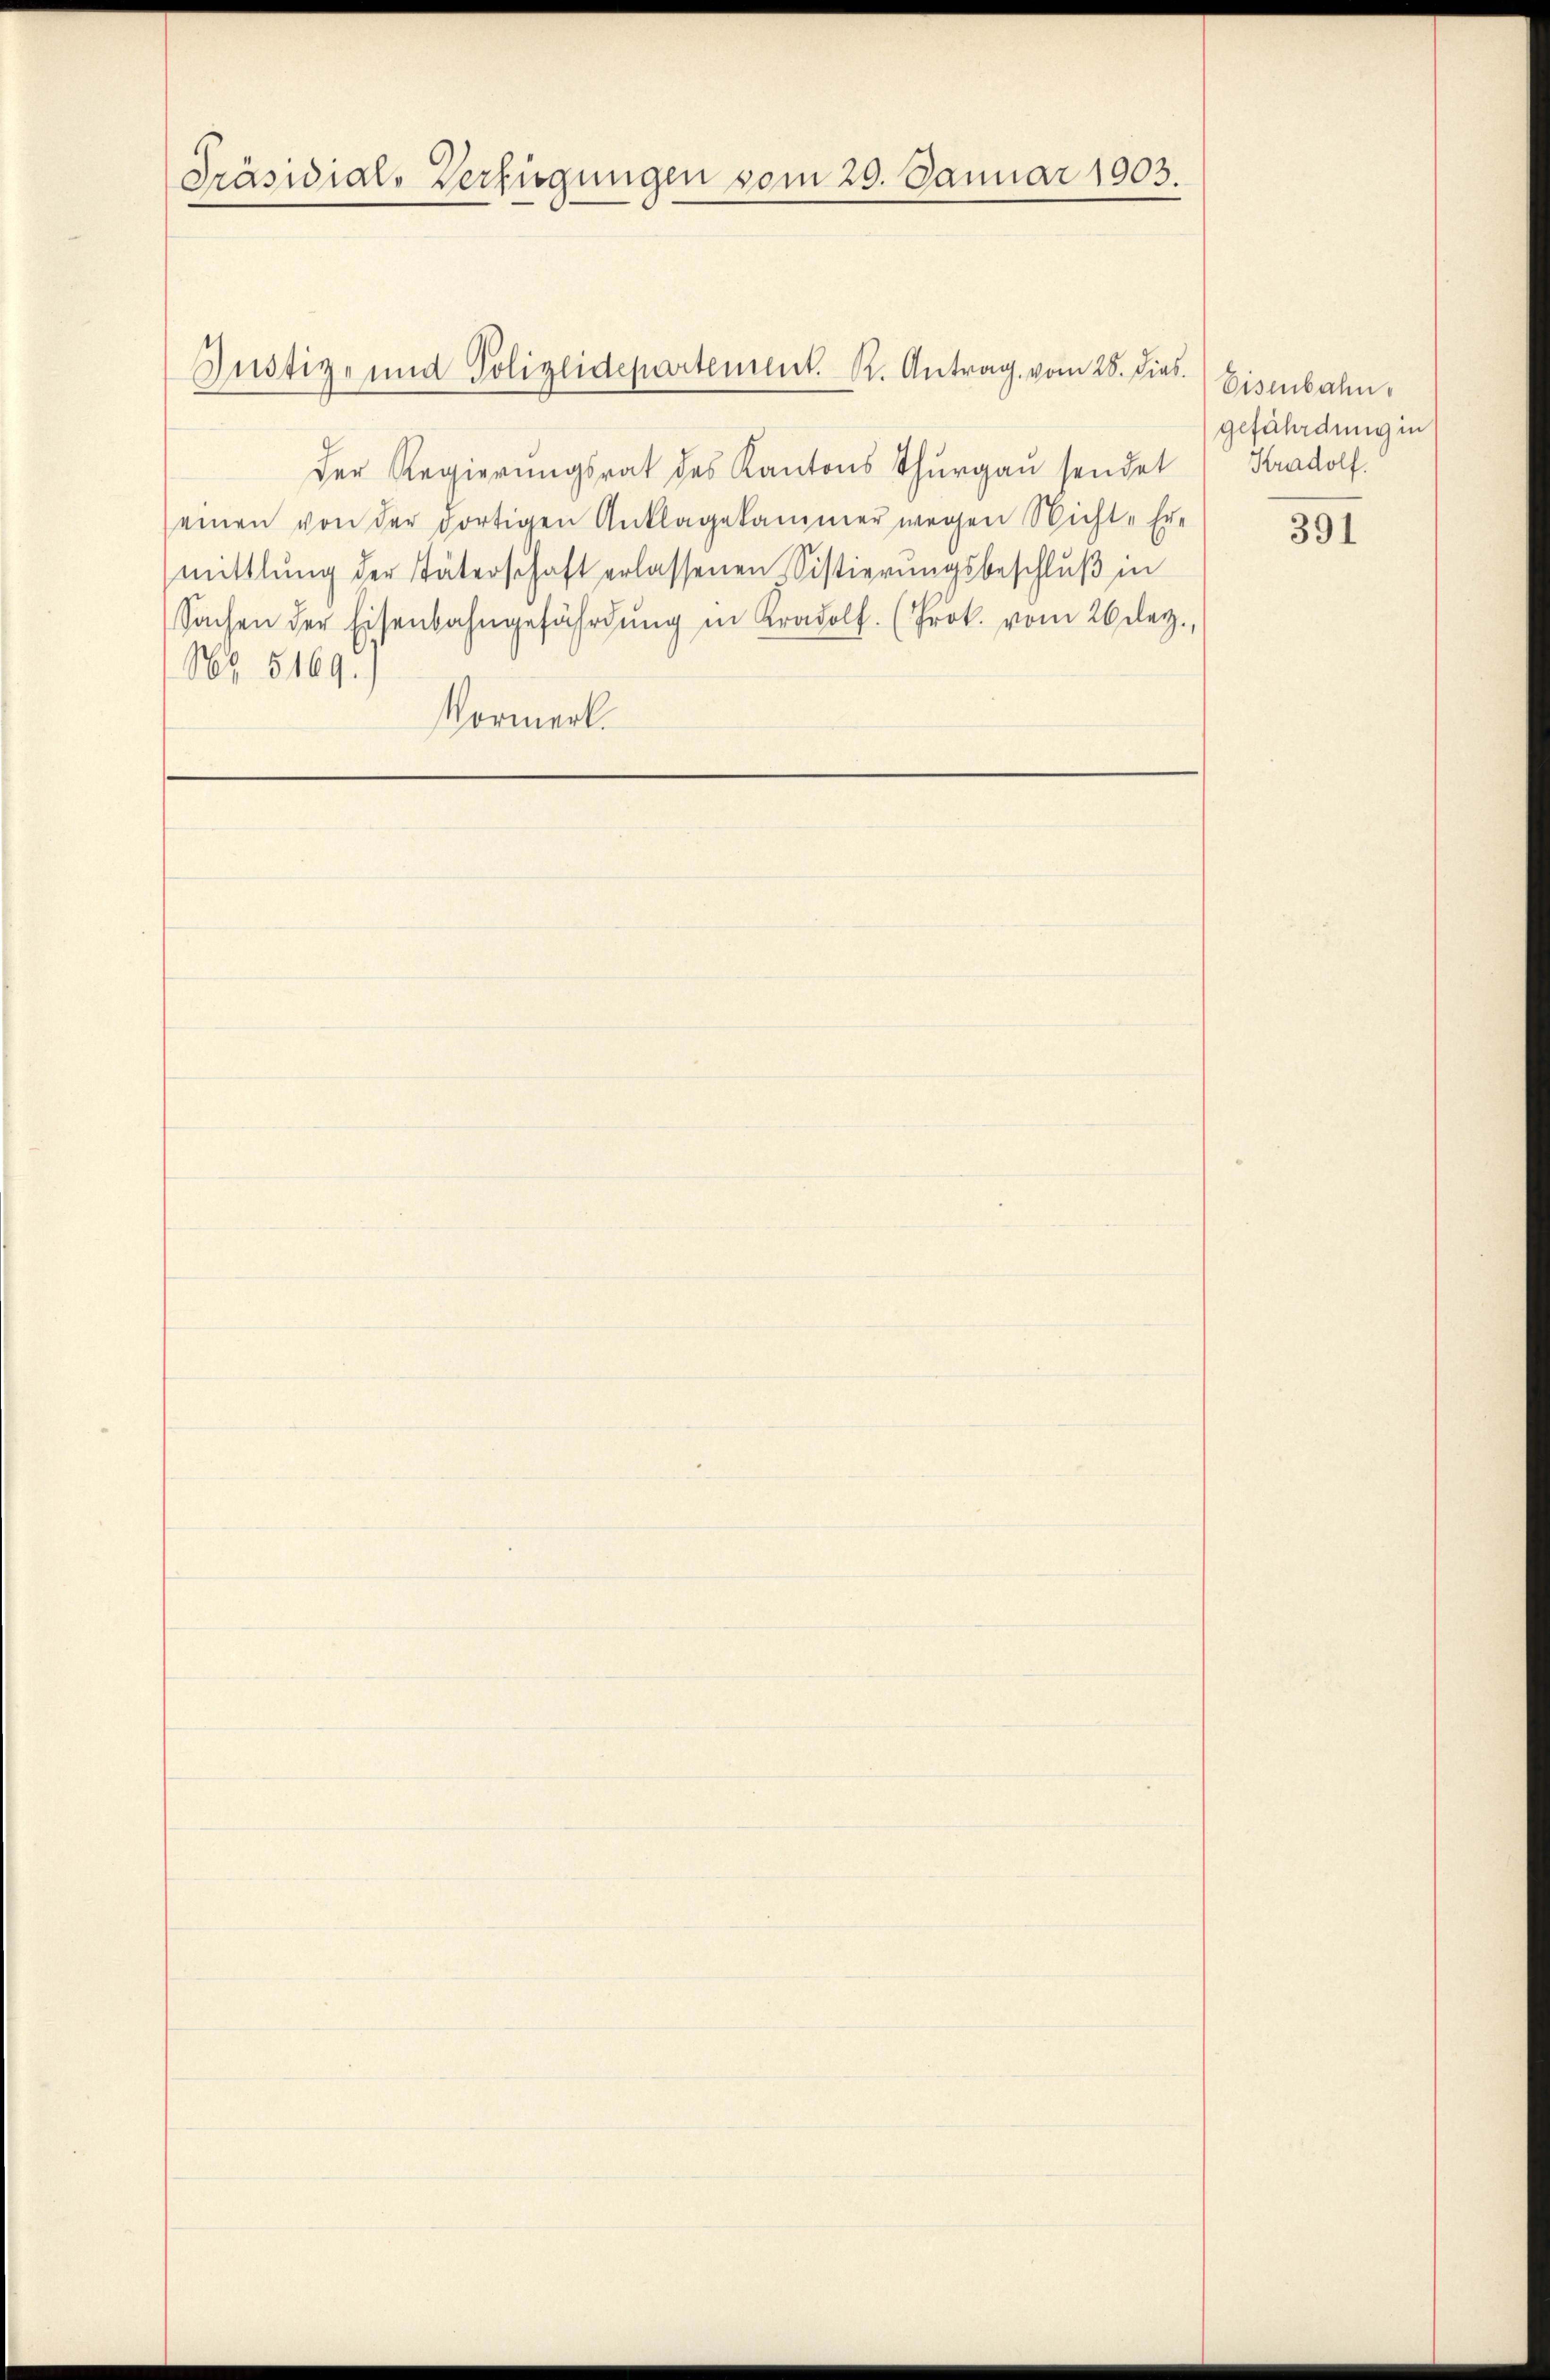
Präsidials Verfügungen vom 20. Januar 1903.

Der Regierungsrat des Kantons Thurgau sendet
einen von der dortigen Anklagekammer wegen Nichte Er-
mittlung der Väterschaft erlassenen Sistierungsbeschluß in
Sachen der Eisenbahngefährdŭng in Kral. (Prok. vom 26 dez.
Nr 5169.
Vormerk.

Justiz- und Polizeidepartement. K. Antrag vom 28. Dies

Eisenbahn.
gefährdung in
Radolf.

391